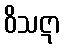
ဝိသဋာ